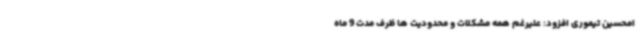
امحسین تیموری افزود: علیرغم همه مشکلات و محدودیت ها ظرف مدت 9 ماه